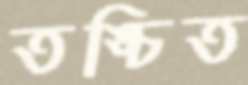
তঙ্চিত